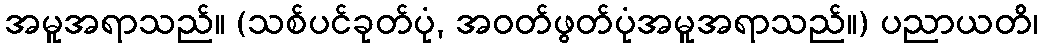
အမူအရာသည်။ (သစ်ပင်ခုတ်ပုံ, အဝတ်ဖွတ်ပုံအမူအရာသည်။) ပညာယတိ၊